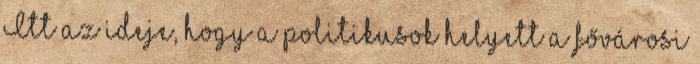
Itt az ideje, hogy a politikusok helyett a fővárosi